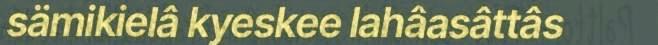
sämikielâ kyeskee lahâasâttâs